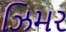
ઝિમર